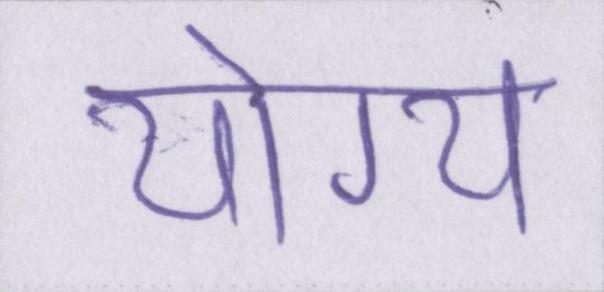
योग्य